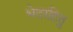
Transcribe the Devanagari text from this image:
भेदरहितु